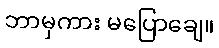
ဘာမှကား မပြောချေ။